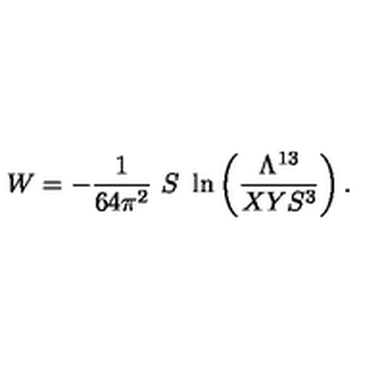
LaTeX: W = - { \frac { 1 } { 6 4 \pi ^ { 2 } } } \ S \ \ln \left( { \frac { \Lambda ^ { 1 3 } } { X Y S ^ { 3 } } } \right) .